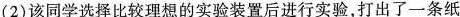
(2)该同学选择比较理想的实验装置后进行实验，打出了一条纸